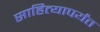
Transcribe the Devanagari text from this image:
साहित्यापर्यंत